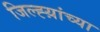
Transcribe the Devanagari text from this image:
जिल्ह्य़ांच्या